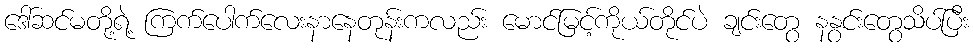
ဒေါ်ဆင်မတို့ရဲ့ ကြက်ပေါက်လေးနာနေတုန်းကလည်း မောင်မြင့်ကိုယ်တိုင်ပဲ ချင်းတွေ နနွင်းတွေသိပ်ပြီး